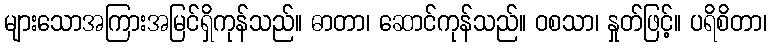
များသောအကြားအမြင်ရှိကုန်သည်။ ဓာတာ၊ ဆောင်ကုန်သည်။ ဝစသာ၊ နှုတ်ဖြင့်။ ပရိစိတာ၊